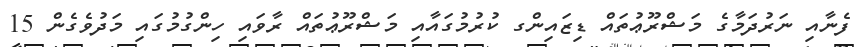
ފެނާއި ނަރުދަމާގެ މަޝްރޫޢުތައް ޑިޒައިންގ ކުރުމުގައާއި މަޝްރޫޢުތައް ރާވައި ހިންގުމުގައި މަދުވެގެން 15